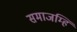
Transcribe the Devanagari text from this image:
समाजम्हि